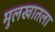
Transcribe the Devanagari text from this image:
मुलखातला